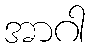
အာဂါ